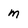
Character: m